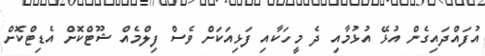
އުފައްދައިގެން އުޅޭ އުޅުމާއި ދެ މީހަކާއި ފަޅިއަކަށް ވެސް ފިލްމެއް ޝޫޓްކޮށް އެޑިޓްކޮށް